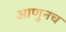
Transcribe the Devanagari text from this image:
आणुनच